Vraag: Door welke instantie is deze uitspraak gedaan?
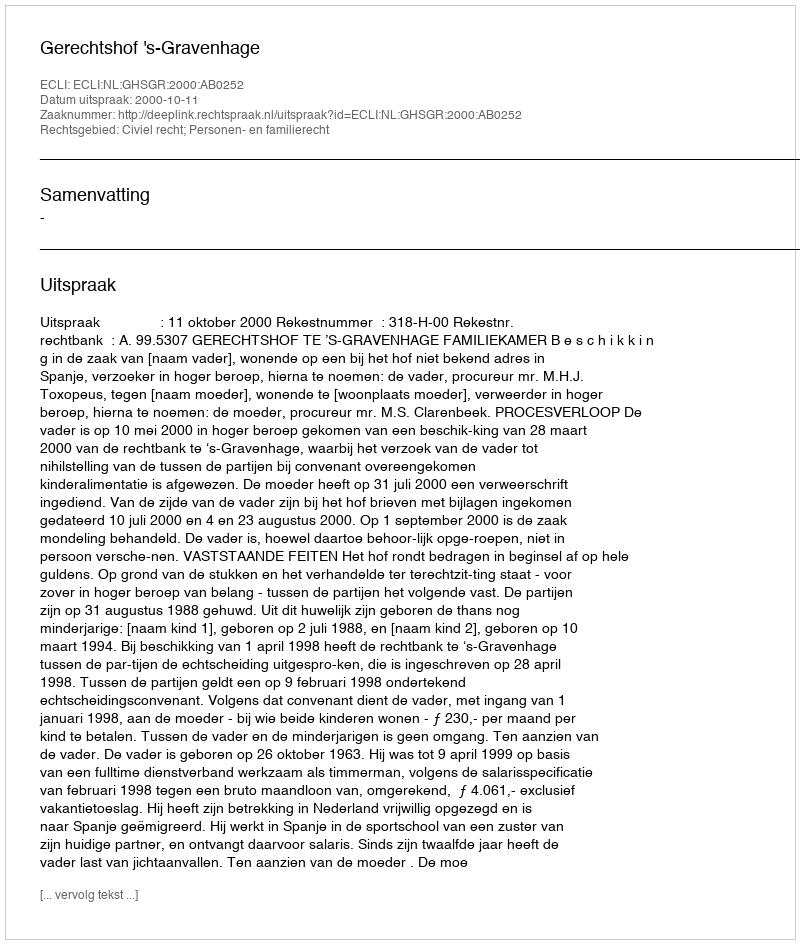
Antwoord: Gerechtshof 's-Gravenhage